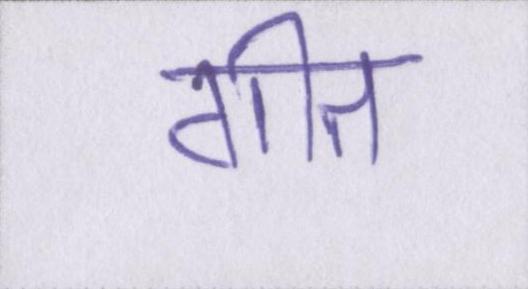
गीत